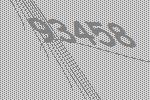
93458